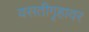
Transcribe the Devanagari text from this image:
वसतीगृहावर